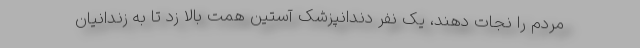
مردم را نجات دهند، یک نفر دندانپزشک آستین همت بالا زد تا به زندانیان